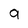
Character: 9